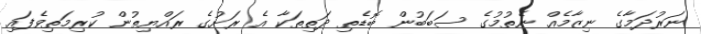
ނަރުދަމާގެ ނިޒާމެއް ނެތުމުގެ ސަބަބުން ބޮޑެތި ދަތިތަކާ އެ ރަށުގެ ރައްޔިތުން ކުރިމަތިވެފައި